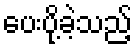
ပေးပို့ခဲ့သည့်